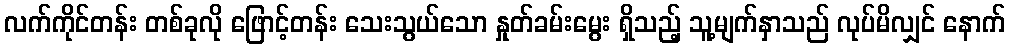
လက်ကိုင်တန်း တစ်ခုလို ဖြောင့်တန်း သေးသွယ်သော နှုတ်ခမ်းမွေး ရှိသည့် သူ့မျက်နှာသည် လုပ်မိလျှင် နောက်